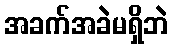
အခက်အခဲမရှိဘဲ